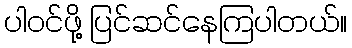
ပါဝင်ဖို့ ပြင်ဆင်နေကြပါတယ်။